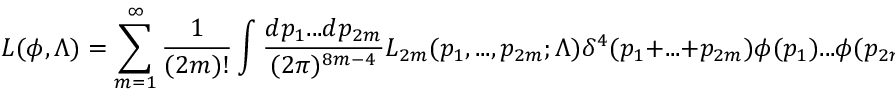
L ( \phi , \Lambda ) = \sum _ { m = 1 } ^ { \infty } { \frac { 1 } { ( 2 m ) ! } } \int { \frac { d p _ { 1 } . . . d p _ { 2 m } } { ( 2 \pi ) ^ { 8 m - 4 } } } L _ { 2 m } ( p _ { 1 } , . . . , p _ { 2 m } ; \Lambda ) \delta ^ { 4 } ( p _ { 1 } + . . . + p _ { 2 m } ) \phi ( p _ { 1 } ) . . . \phi ( p _ { 2 m } )